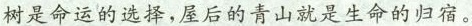
树是命运的选择，屋后的青山就是生命的归宿。